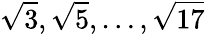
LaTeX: {\sqrt{3}},{\sqrt{5}},\dots,{\sqrt{17}}